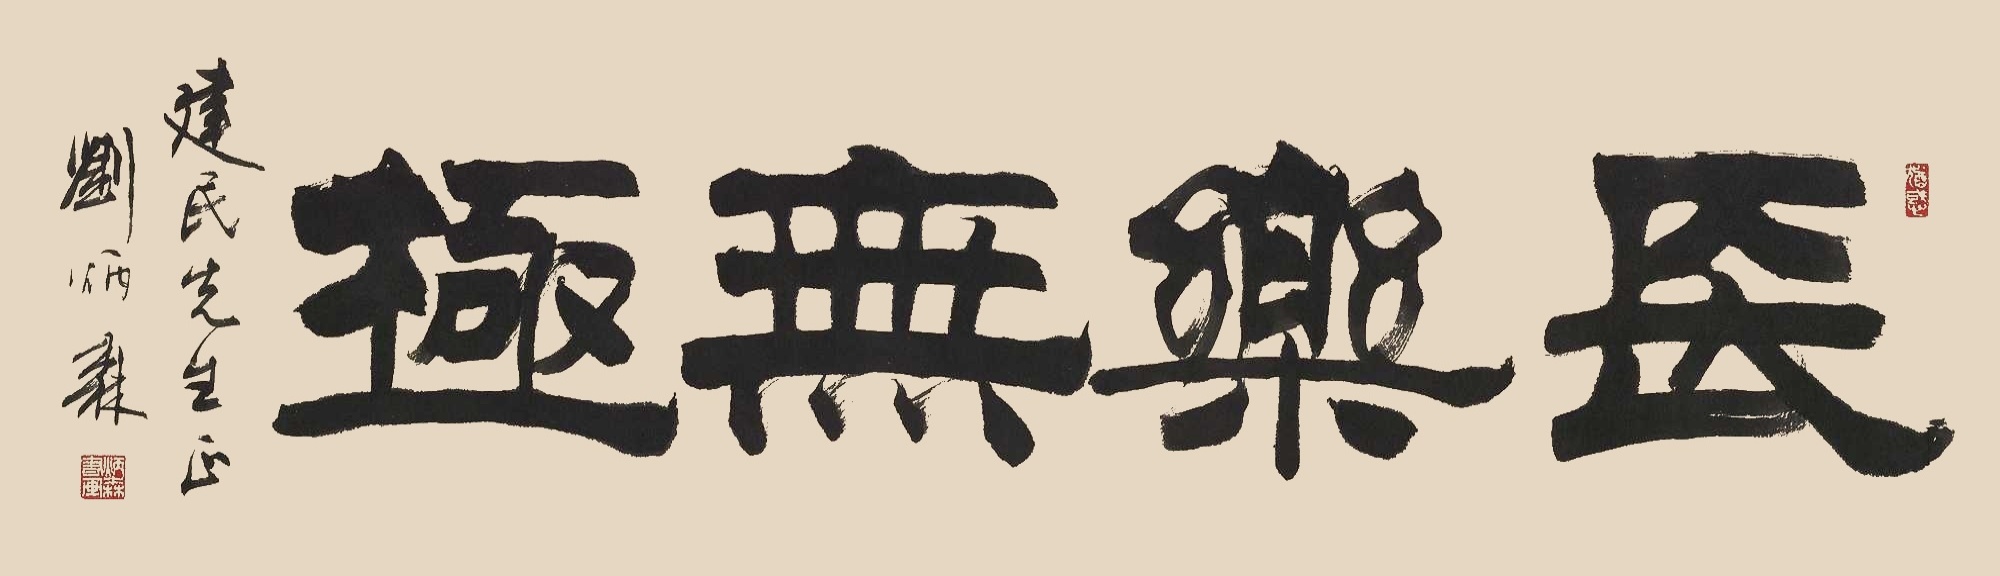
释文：长乐无极建民先生正。刘炳森。